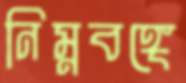
নিম্নবঙ্গে